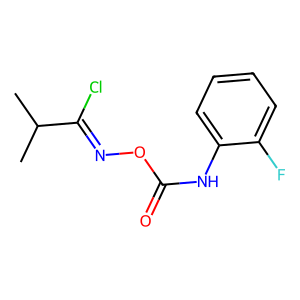
SMILES: CC(C)C(Cl)=NOC(=O)Nc1ccccc1F
Inhibits HIV replication: No